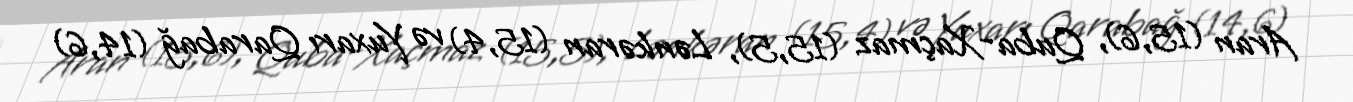
Aran (15,6), Quba-Xaçmaz (15,5), Lənkəran (15,4) və Yuxarı Qarabağ (14,6)